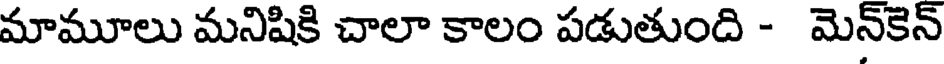
మామూలు మనిషికి చాలా కాలం పడుతుంది - మెన్కెన్